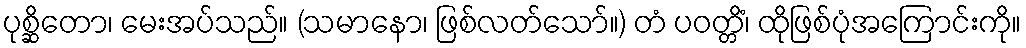
ပုစ္ဆိတော၊ မေးအပ်သည်။ (သမာနော၊ ဖြစ်လတ်သော်။) တံ ပဝတ္တိံ၊ ထိုဖြစ်ပုံအကြောင်းကို။